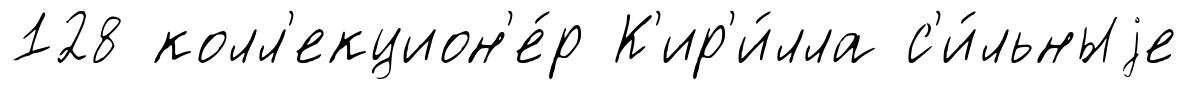
128 колл'екцион'е́р К'ир'и́лла с'и́льныjе